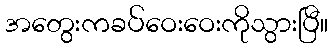
အတွေးကခပ်ဝေးဝေးကိုသွားပြီ။